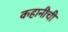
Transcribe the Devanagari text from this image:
कहानीची